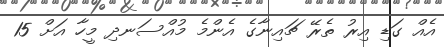
އެއް ގަޑި އިރު ތެރޭ ޗައިނާގެ އެންމެ މުއްސަނދި މީހާ އަށް 15